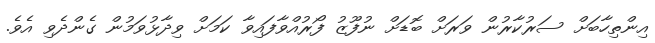
އިންތިހާބަށް ސަރުކާރުން ވަރަށް ބޮޑަށް ނުފޫޒު ފޯރުއްވާފައިވާ ކަމަށް ވިދާޅުވަމުން ގެންދެވި އެވެ.